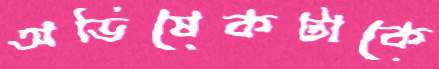
অভিষেকটাকে